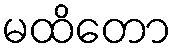
မထိတော